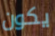
يكون